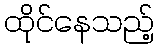
ထိုင်နေသည့်